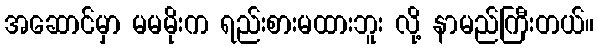
အဆောင်မှာ မမမိုးက ရည်းစားမထားဘူး လို့ နာမည်ကြီးတယ်။